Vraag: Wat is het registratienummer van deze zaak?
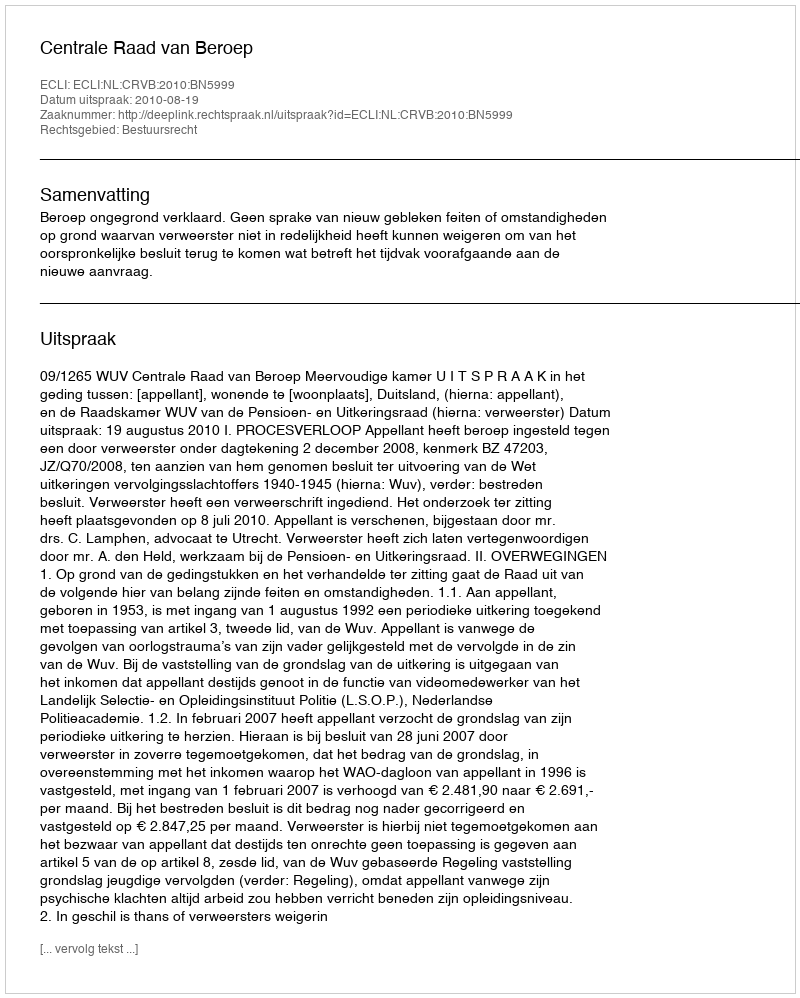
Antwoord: http://deeplink.rechtspraak.nl/uitspraak?id=ECLI:NL:CRVB:2010:BN5999